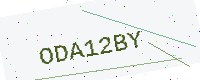
Text: ODA12BY